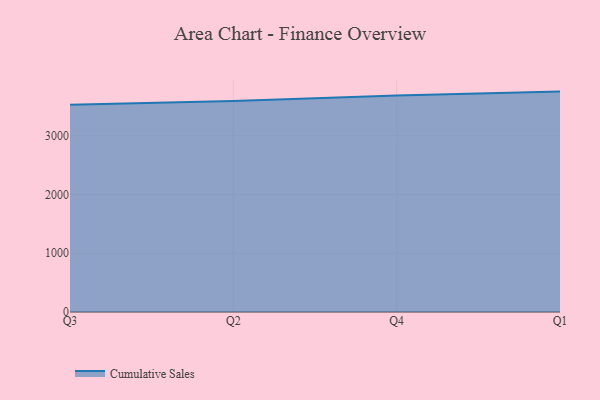
{"axis": {"x": "Quarter", "y": "Humidity (%)"}, "legend": ["Cumulative Sales"], "data": [{"x": "Q3", "y": 3526.9, "type": "Cumulative Sales"}, {"x": "Q2", "y": 3594.1, "type": "Cumulative Sales"}, {"x": "Q4", "y": 3687.2, "type": "Cumulative Sales"}, {"x": "Q1", "y": 3752.0, "type": "Cumulative Sales"}]}